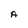
Character: A